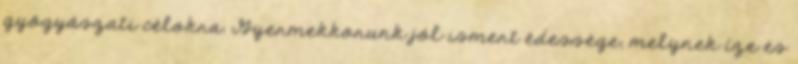
gyógyászati célokra. Gyermekkorunk jól ismert édessége, melynek íze és